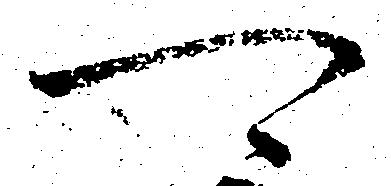
可